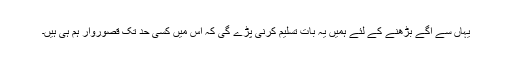
یہاں سے آگے بڑھنے کے لئے ہمیں یہ بات تسلیم کرنی پڑے گی کہ اس میں کسی حد تک قصوروار ہم ہی ہیں۔